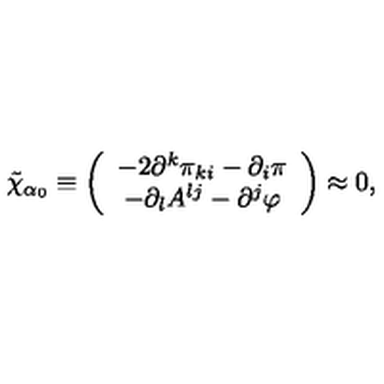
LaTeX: \tilde { \chi } _ { \alpha _ { 0 } } \equiv \left( \begin{array} { c } { - 2 \partial ^ { k } \pi _ { k i } - \partial _ { i } \pi } \\ { - \partial _ { l } A ^ { l j } - \partial ^ { j } \varphi } \\ \end{array} \right) \approx 0 ,